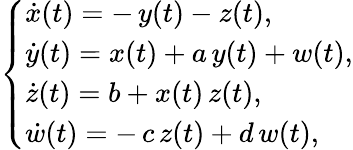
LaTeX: \left\{ \begin{array}{l}{\dot{x}(t)=-\, y(t)-z(t),}\\ {\dot{y}(t)=x(t)+a\, y(t)+w(t),}\\ {\dot{z}(t)=b+x(t)\, z(t),}\\ {\dot{w}(t)=-\, c\, z(t)+d\, w(t),}\end{array}\right.